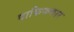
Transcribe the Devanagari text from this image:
वाकिफकार